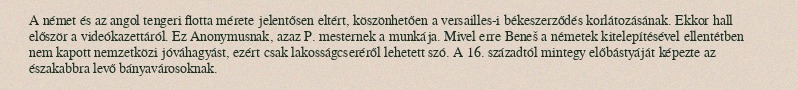
A német és az angol tengeri flotta mérete jelentősen eltért, köszönhetően a versailles-i békeszerződés korlátozásának. Ekkor hall először a videókazettáról. Ez Anonymusnak, azaz P. mesternek a munkája. Mivel erre Beneš a németek kitelepítésével ellentétben nem kapott nemzetközi jóváhagyást, ezért csak lakosságcseréről lehetett szó. A 16. századtól mintegy előbástyáját képezte az északabbra levő bányavárosoknak.